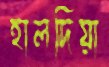
হালদিয়া